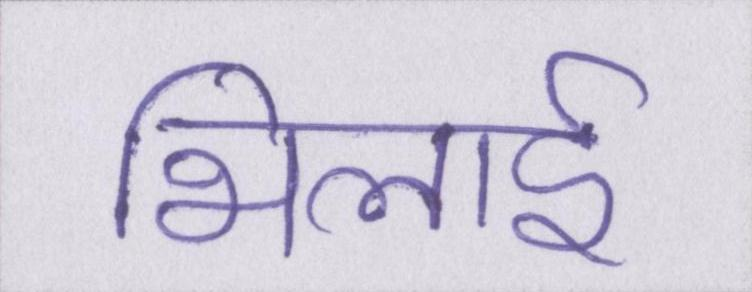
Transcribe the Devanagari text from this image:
भिलाई